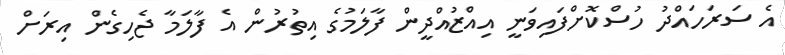
އެ ސަރަހައްދު ހުސްކޮށްފައިވަނީ އިއްޒުއްދީން ފާލަމުގެ އިތުރުން އެ ފާލަމާ ޖެހިގެން އިރަށް